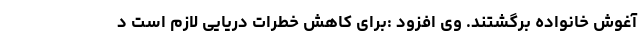
آغوش خانواده برگشتند. وی افزود :برای کاهش خطرات دریایی لازم است د